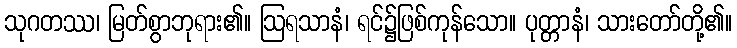
သုဂတဿ၊ မြတ်စွာဘုရား၏။ ဩရသာနံ၊ ရင်၌ဖြစ်ကုန်သော။ ပုတ္တာနံ၊ သားတော်တို့၏။